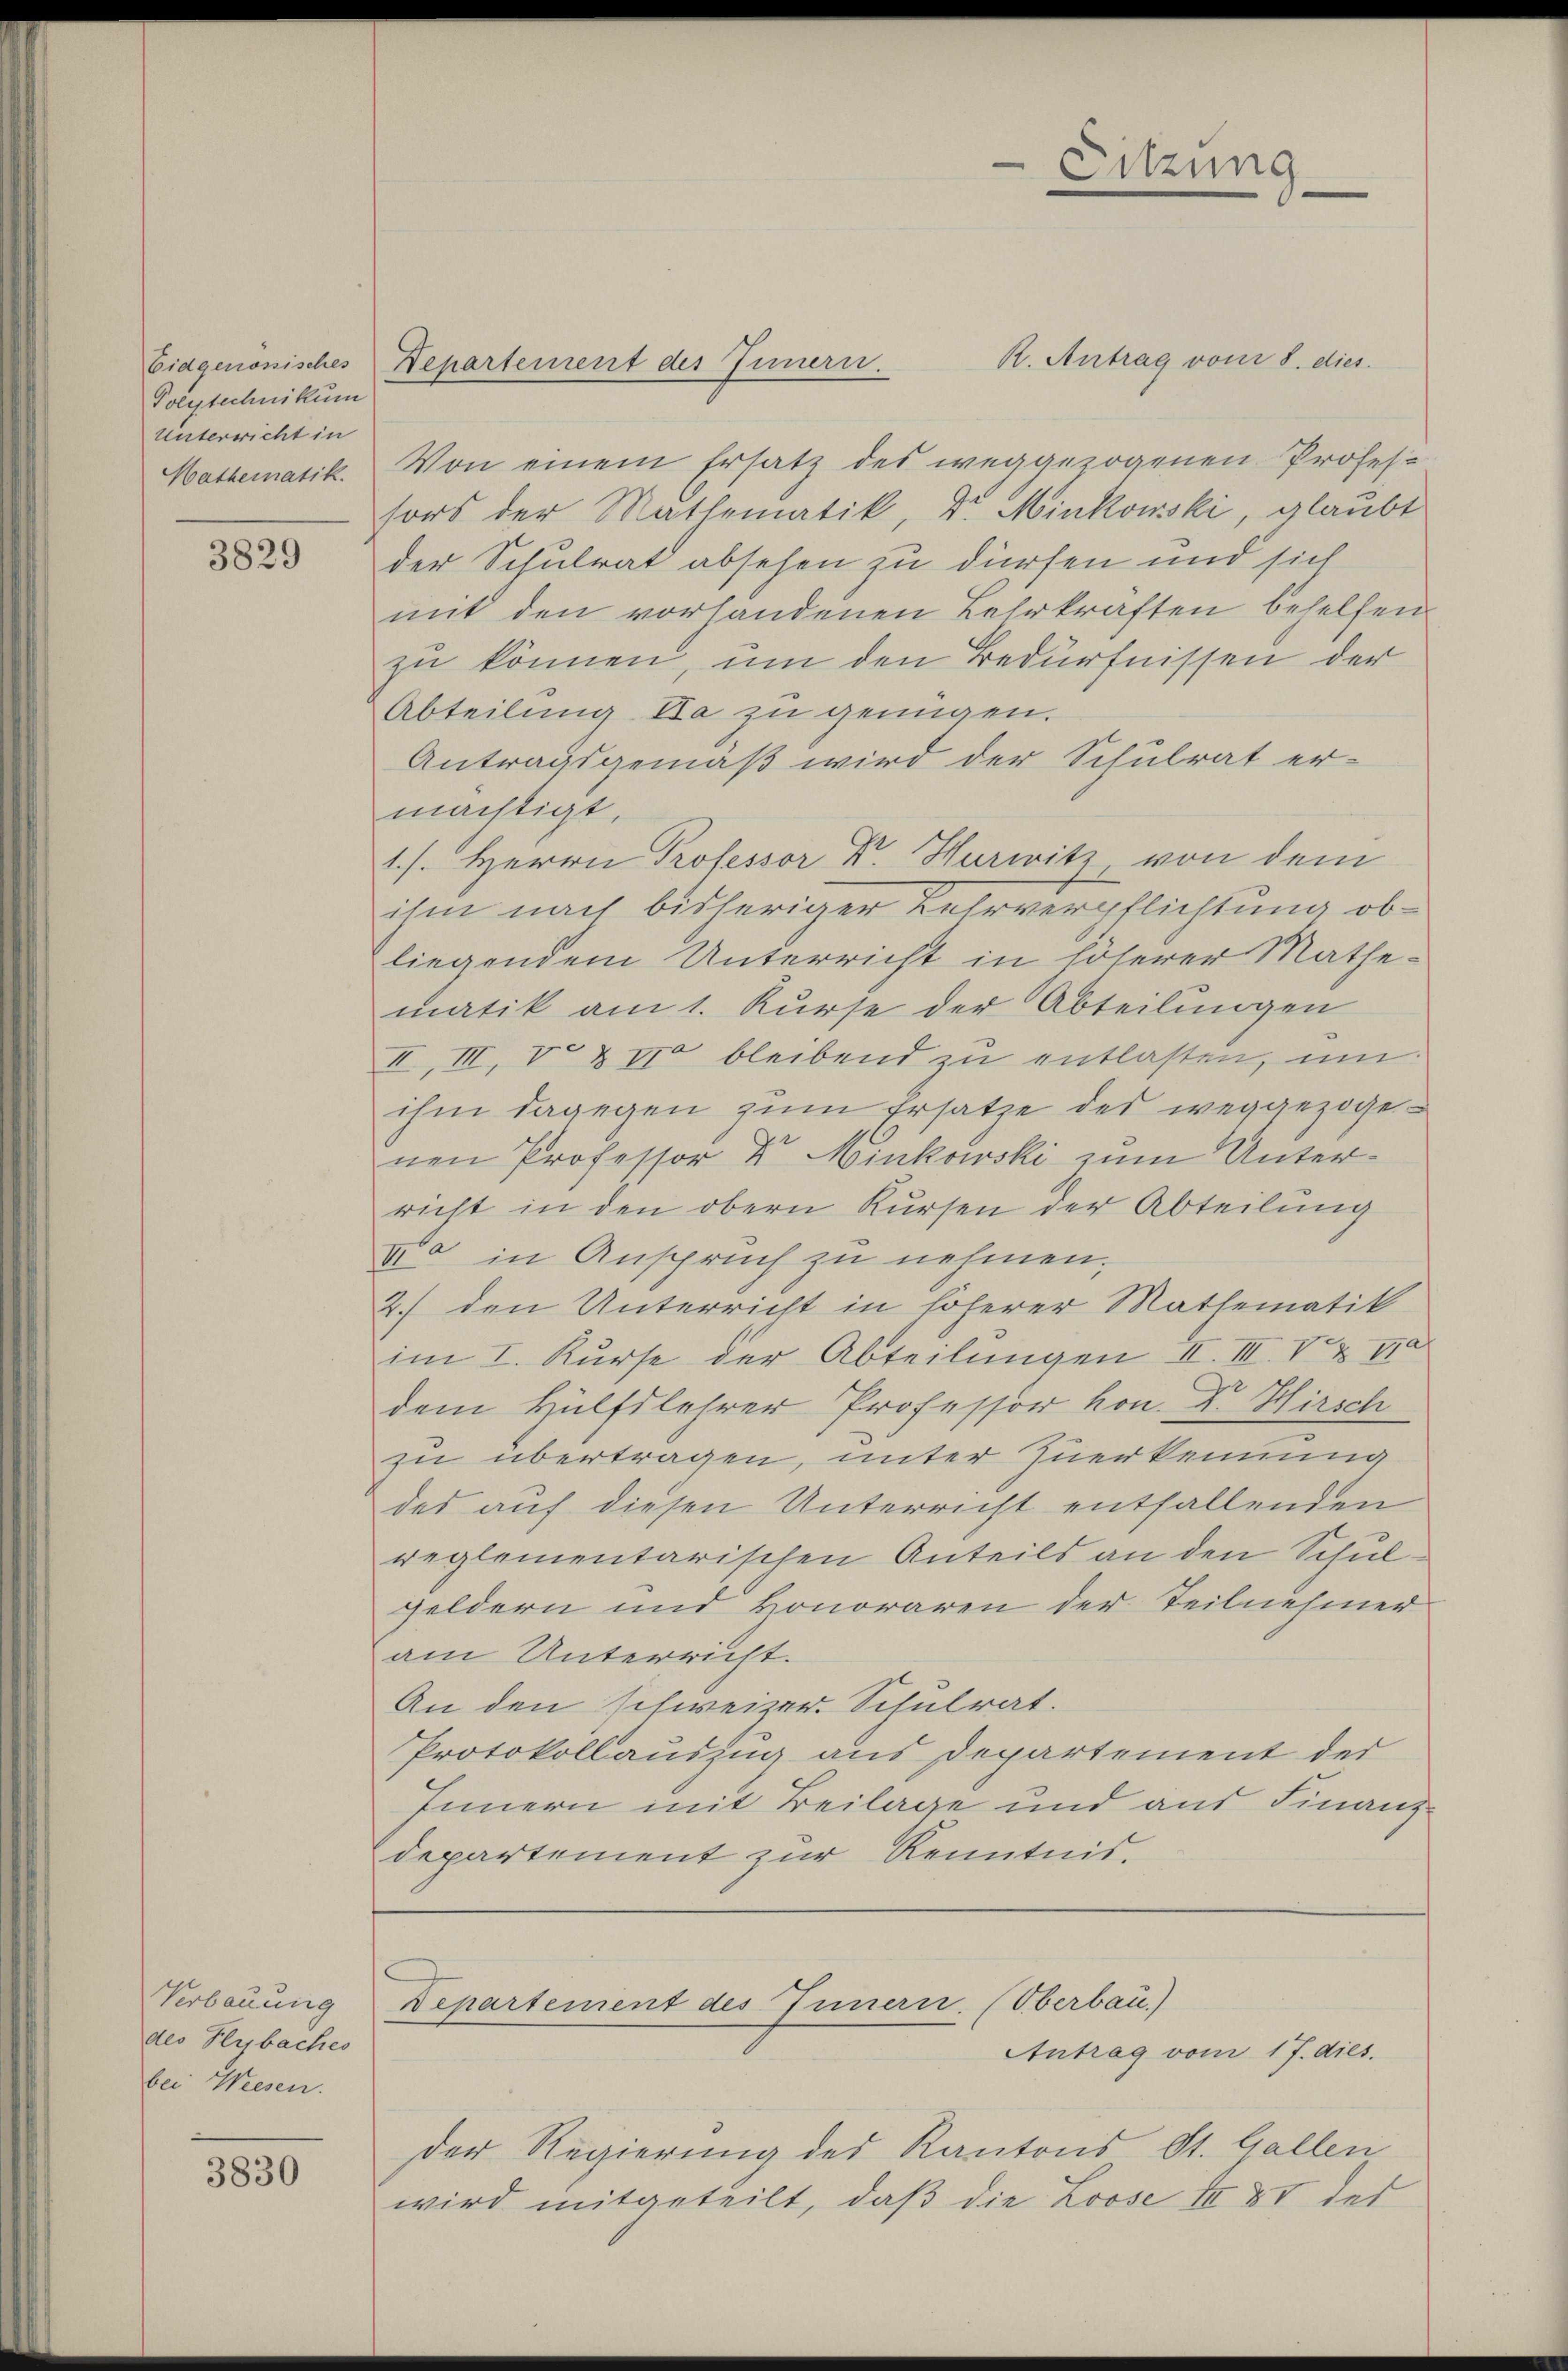
Polytechnikum
Unterricht in
Hathematik.

3829

R. Antrag vom 8. dies
Von einem Ersatz des weggezogenen Professors der Mathematik, Dr. Minkowski, glaubt
der Schulrat absehen zu dürfen und sich
mit den vorhandenen Lehrkräften behelfen
zu können, um den Bedürfnissen der
Abteilung Da zu genügen.
Antragsgemäß wird der Schulrat er-
mächtigt.
1.s. Herrn Professor Dr. Hurwitz von dem
ihm nach bisheriger Lehrverpflichtung obliegendem Unterricht in höherer Mathe-
matik am 1. Kurse der Abteilungen
II, III, V. & II bleibend zu entlasten, um
ihm dagegen zum Ersatze des weggezogenen Professor Dr. Minkowski zum Unterricht in den obern Kursen der Abteilung
20 in Anspruch zu nehmen.
2.) den Unterricht in höherer Mathematik
im I. Kurse der Abteilungen II. III. V. & 110
dem Hülfslehrer Professor hon. Dr Hirsch
zu übertragen, unter Zuerkennung
des auf diesen Unterricht entfallenden
reglementarischen Anteils an den Schulgeldern und Honoraren der Teilnehmer
am Unterricht.
An den schweizer. Schulrat.
Protokollauszug aus Departement der
Innern mit Beilage und aus Finanzdepartement zur Kenntnis.

Verbauung
des Reybaches
bei Wiesen.

3830

Eidgenössisches Departement des Innern.

Sitzung

der Regierung des Kantons St. Gallen
wird mitgeteilt, daß die Loose III XV des

Departement des Innern. (Oberbau)
Antrag vom 1 J. dies.